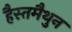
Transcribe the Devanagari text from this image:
हैस्तमैथुन